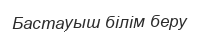
Бастауыш білім беру